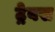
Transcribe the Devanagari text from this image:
ट्रेवस